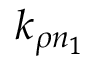
k _ { \rho n _ { 1 } }